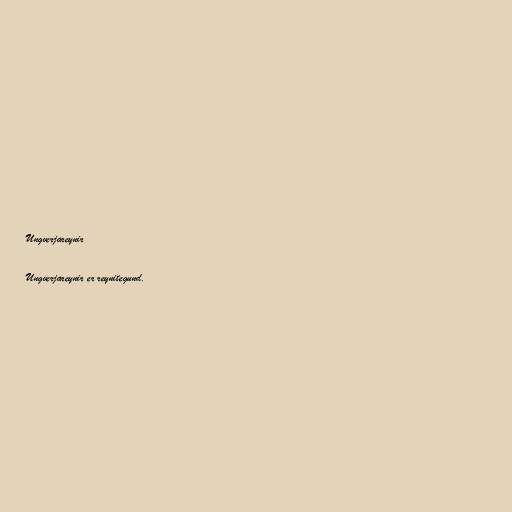
Ungverjareynir

Ungverjareynir er reynitegund.